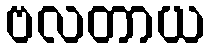
ဗလတာယ